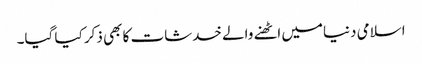
اسلامی دنیامیں اٹھنے والے خدشات کا بھی ذکر کیا گیا۔